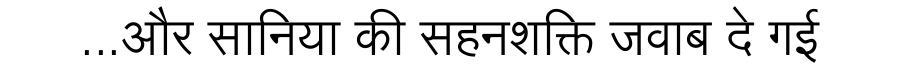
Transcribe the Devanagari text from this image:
...और सानिया की सहनशक्ति जवाब दे गई